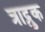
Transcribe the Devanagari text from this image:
त्राद्रुक